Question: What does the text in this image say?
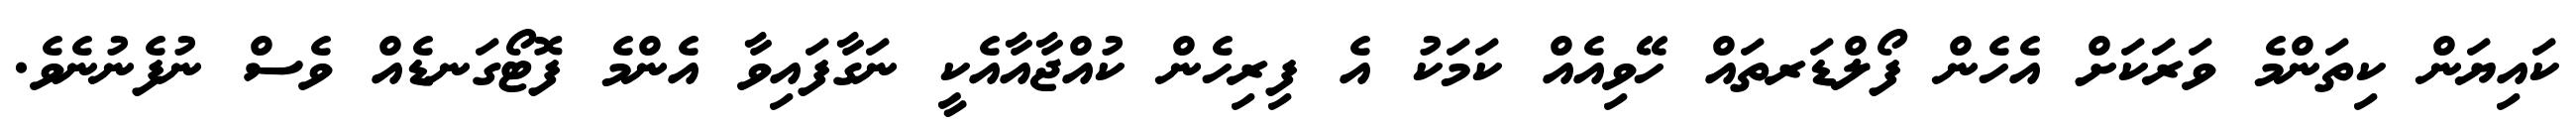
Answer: ކައިޔަން ކިތަންމެ ވަރަކަށް އެހެން ފޯލްޑަރތައް ހޭވިއެއް ކަމަކު އެ ފިރިހެން ކުއްޖާއާއެކީ ނަގާފައިވާ އެންމެ ފޮޓޯގަނޑެއް ވެސް ނުފެނުނެވެ.